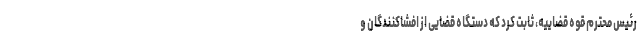
رئیس محترم قوه قضاییه، ثابت کرد که دستگاه قضایی از افشا‌کنندگان و